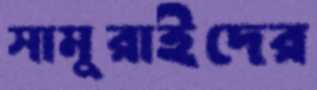
সামুরাইদের